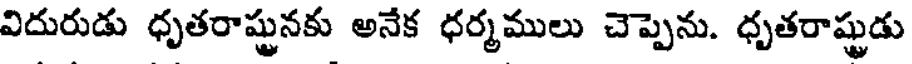
విదురుడు ధృతరాష్ట్రునకు అనేక ధర్మములు చెప్పెను. ధృతరాష్ట్రుడు